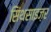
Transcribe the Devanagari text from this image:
सिंथसाइज़र